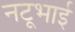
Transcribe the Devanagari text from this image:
नटूभाई